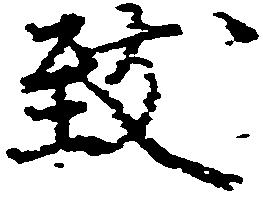
致